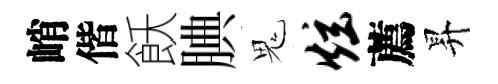
峭偕飫腆鬼炫薦昇